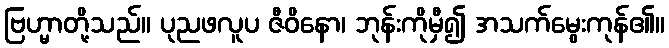
ဗြဟ္မာတို့သည်။ ပုညဖလူပ ဇီဝိနော၊ ဘုန်းကိုမှီ၍ အသက်မွေးကုန်၏။